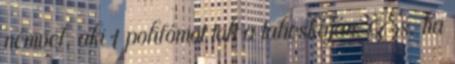
nénivel, aki 1 polifómot tolt a talicskáján. És, ha